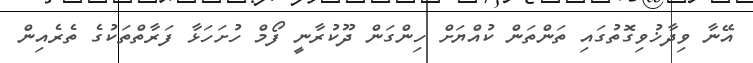
އޭނާ ވިދާޚުވިގޮތުގައި ތަންތަން ކުއްޔަށް ހިންގަން ދޫކުރާނީ ފޯމް ހުށަހަޅާ ފަރާތްތަކުގެ ތެރެއިން